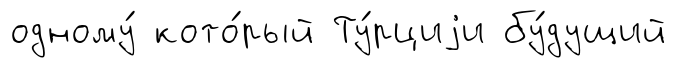
одному́ кото́рый Ту́рциjи бу́дущий